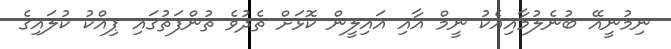
ނިމުނީއޭ ބުނެލުމާއިއެކު ނީމް އާއި އައިލީން ކޮޅަށް ތެދުވެ ތުންފަތުގައި ޕިއްކު ކުލައިގެ